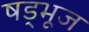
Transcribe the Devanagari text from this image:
षड्भूज